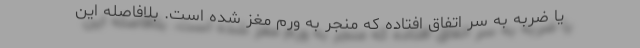
یا ضربه‌ به سر اتفاق افتاده که منجر به ورم مغز شده است. بلافاصله این